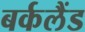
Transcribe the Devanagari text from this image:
बर्कलैंड